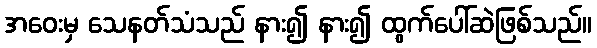
အဝေးမှ သေနတ်သံသည် နား၍ နား၍ ထွက်ပေါ်ဆဲဖြစ်သည်။